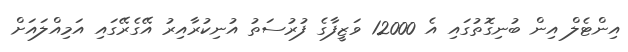
އިންޓެލް އިން ބުނިގޮތުގައި އެ 12000 ވަޒީފާގެ ފުރުސަތު އުނިކުރާއިރު އޭގެރޭގައި އަމިއްލައަށް